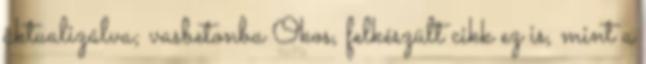
aktualizálva; vasbetonba Okos, felkészült cikk ez is, mint a